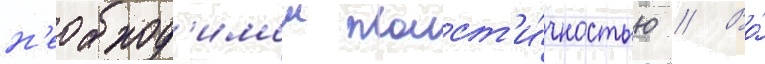
н'еобход'имои пласт'и́чностью // Во́